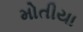
મોતીયા